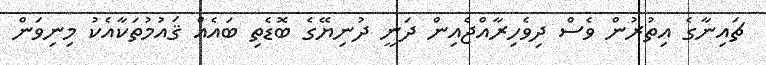
ޗައިނާގެ އިތުރުން ވެސް ދިވެހިރާއްޖެއިން ދަނީ ދުނިޔޭގެ ބޮޑެތި ބައެއް ޤައުމުތަކާއެކު މިނިވަން